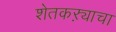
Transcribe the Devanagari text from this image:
शेतकऱ्याचा